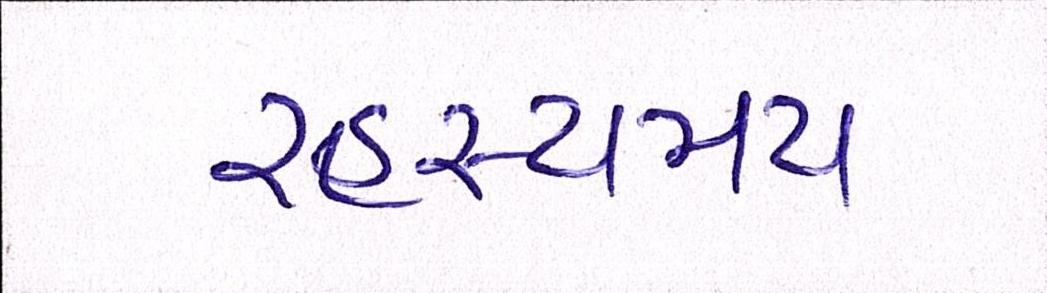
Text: રહસ્યમય